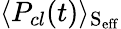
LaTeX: \langle P_{cl}(t)\rangle_{\mathrm{{S_{eff}}}}